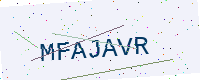
Text: MFAJAVR